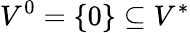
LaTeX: V^{0}=\{ 0\} \subseteq V^{*}